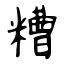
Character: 糟